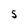
Character: S